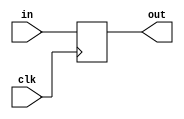
`timescale 1ns / 1ps
//////////////////////////////////////////////////////////////////////////////////
// Company: 
// Engineer: 
// 
// Design Name: 
// Module Name: MEM_DATA_REGISTER
// Project Name: 
// Target Devices: 
// Tool Versions: 
// Description: 
// 
// Dependencies: 
// 
// Revision:
// Revision 0.01 - File Created
// Additional Comments:
// 
//////////////////////////////////////////////////////////////////////////////////


module MEM_DATA_REGISTER(  //memory
    input clk,   //
    
    input [31:0] in,
    output [31:0] out
    );
    
    reg [31:0] in_reg;
    initial in_reg=0;
    
    always@(posedge clk)begin
       in_reg<=in;
    end
    
    assign out=in_reg;
    
endmodule